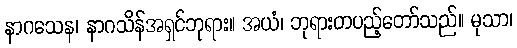
နာဂသေန၊ နာဂသိန်အရှင်ဘုရား။ အယံ၊ ဘုရားတပည့်တော်သည်။ မုသာ၊